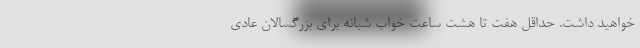
خواهید داشت. حداقل هفت تا هشت ساعت خواب شبانه برای بزرگسالان عادی